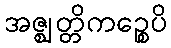
အဇ္ဈတ္တိကဉ္စေပိ